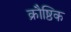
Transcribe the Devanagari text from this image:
क्रौष्ठिक